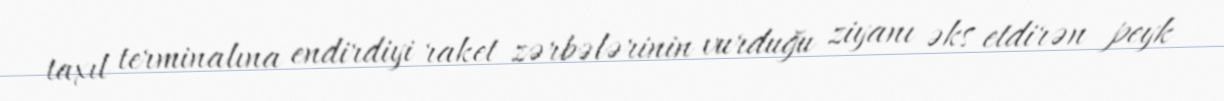
taxıl terminalına endirdiyi raket zərbələrinin vurduğu ziyanı əks etdirən peyk